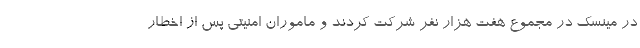
در مینسک در مجموع هفت هزار نفر شرکت کردند و ماموران امنیتی پس از اخطار